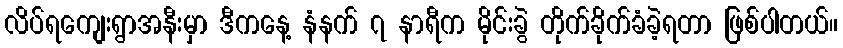
လိပ်ရကျေးရွာအနီးမှာ ဒီကနေ့ နံနက် ၇ နာရီက မိုင်းခွဲ တိုက်ခိုက်ခံခဲ့ရတာ ဖြစ်ပါတယ်။